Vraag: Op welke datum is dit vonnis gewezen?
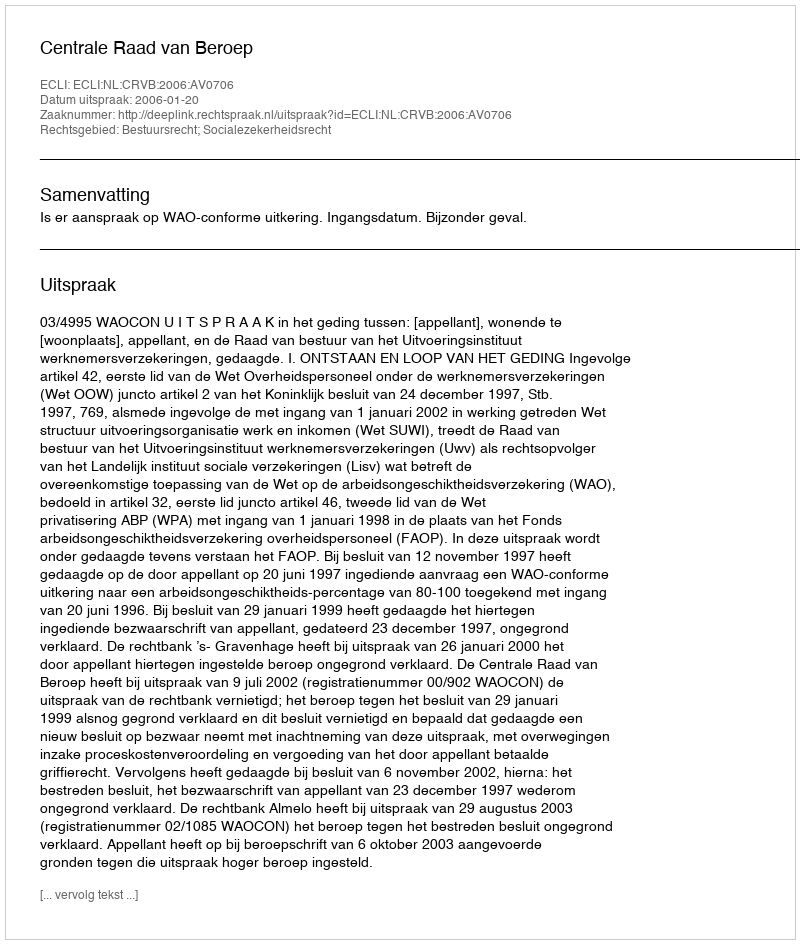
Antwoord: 2006-01-20